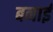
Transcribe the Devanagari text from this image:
बनार्इ